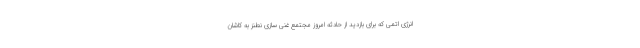
انرژی اتمی که برای بازدید از حادثه امروز مجتمع غنی سازی نطنز به کاشان